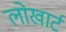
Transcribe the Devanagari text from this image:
लोखार्ट